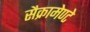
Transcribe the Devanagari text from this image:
सैक्रामेण्टे